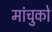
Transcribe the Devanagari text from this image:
मांचुको